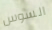
السوس